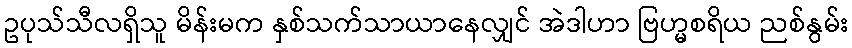
ဥပုသ်သီလရှိသူ မိန်းမက နှစ်သက်သာယာနေလျှင် အဲဒါဟာ ဗြဟ္မစရိယ ညစ်နွမ်း